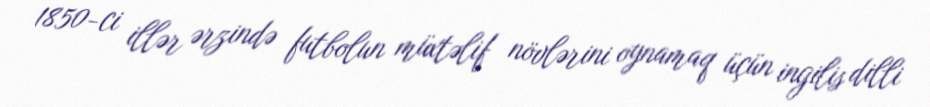
1850-ci illər ərzində futbolun müxtəlif növlərini oynamaq üçün ingilis dilli